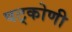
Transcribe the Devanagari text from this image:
षट्कोणी